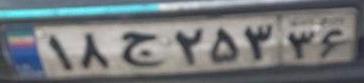
۱۸ج۲۵۳۳۶